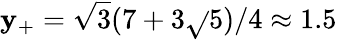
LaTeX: \mathbf{y}_{+}=\sqrt{{3}}{{(7+3\sqrt{}{{5}})/4}}\approx1.5